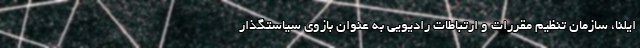
ایلنا، سازمان تنظیم مقررات و ارتباطات رادیویی به عنوان بازوی سیاستگذار